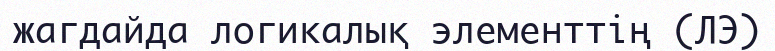
жагдайда логикалық элементтің (ЛЭ)